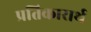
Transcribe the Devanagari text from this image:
प्रतिकारार्थ